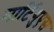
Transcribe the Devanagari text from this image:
मार्टिगुएस